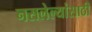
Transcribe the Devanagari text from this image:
नसलेल्यांसाठी